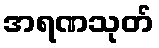
အရဏသုတ်